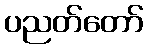
ပညတ်တော်